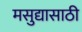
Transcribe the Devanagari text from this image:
मसुद्यासाठी